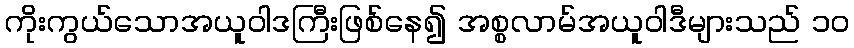
ကိုးကွယ်သောအယူဝါဒကြီးဖြစ်နေ၍ အစ္စလာမ်အယူဝါဒီများသည် ၁၀